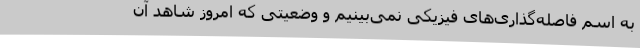
به اسم فاصله‌گذاری‌های فیزیکی نمی‌بینیم و وضعیتی که امروز شاهد آن